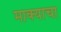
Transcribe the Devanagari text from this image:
माक्याचा